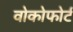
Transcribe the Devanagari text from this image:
वोकोफोर्ट